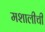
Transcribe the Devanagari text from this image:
मशालीची